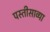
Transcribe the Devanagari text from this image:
पस्तीसाव्या